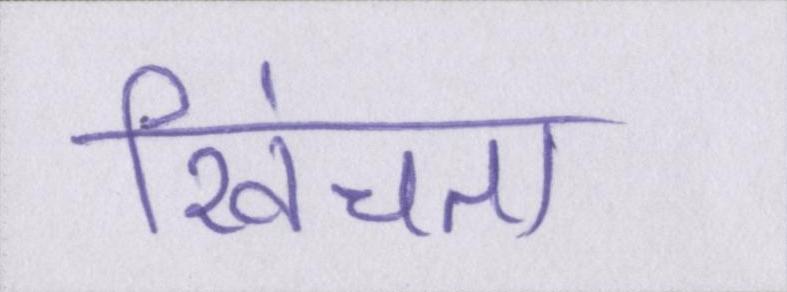
खिंचता